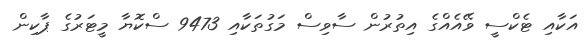
އަކާއި ޓެކްސީ ވޭއެއްގެ އިތުރުން ސާވިސް މަގުތަކާއި 9473 ސްކޮޔާ މީޓަރުގެ ޕާކިން